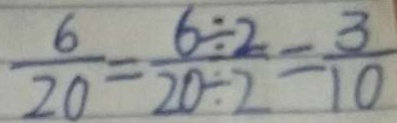
\frac { 6 } { 2 0 } = \frac { 6 \div 2 } { 2 0 \div 2 } = \frac { 3 } { 1 0 }